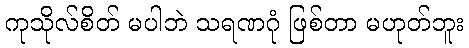
ကုသိုလ်စိတ် မပါဘဲ သရဏဂုံ ဖြစ်တာ မဟုတ်ဘူး